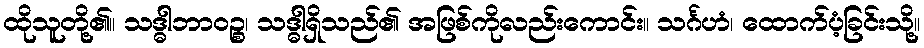
ထိုသူတို့၏။ သဒ္ဓါဘာဝဉ္စ၊ သဒ္ဓါရှိသည်၏ အဖြစ်ကိုလည်းကောင်း။ သင်္ဂဟံ၊ ထောက်ပံ့ခြင်းသို့။